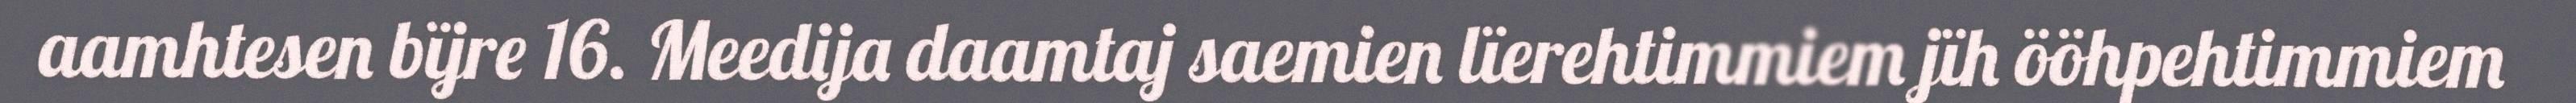
aamhtesen bïjre 16. Meedija daamtaj saemien lïerehtimmiem jïh ööhpehtimmiem